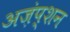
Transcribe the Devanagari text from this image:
अज़ंप्शन